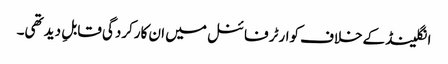
انگلینڈ کےخلاف کوارٹر فائنل میں ان کارکردگی قابلِ دید تھی۔